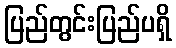
ပြည်တွင်းပြည်ပရှိ